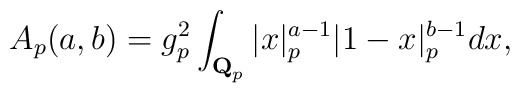
A_p (a,b) = g_p^2 \int_{{\bf Q}_p} \vert x\vert_p^{a-1} | 1-x |_p^{b-1} dx ,